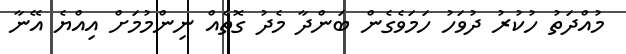
މުއްދަތު ހުކުރު ދުވަހު ހަމަވެގެން ބަންދާ މެދު ގޮތެއް ނިންމުމަށް އިއްޔެ އޭނާ